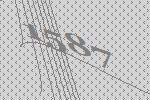
1587